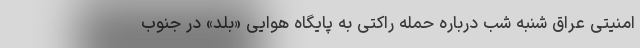
امنیتی عراق شنبه شب درباره حمله راکتی به پایگاه هوایی «بلد» در جنوب